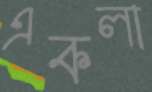
একলা